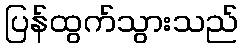
ပြန်ထွက်သွားသည်